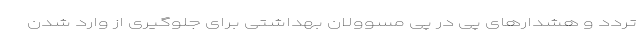
تردد و هشدارهای پی در پی مسوولان بهداشتی برای جلوگیری از وارد شدن